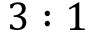
3 : 1